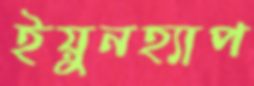
ইয়ুনহ্যাপ